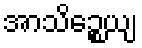
အာသိဉ္စေယျ